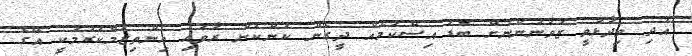
އަދި ވިދާޅުވީ ޒުވާނުންނަށް ބޮޑު އިސްކަމެއް ދީގެން ކަންކަން ރާވައި އިންތިޒާމްކުރުމަކީ އޭގެ